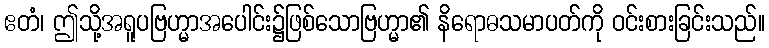
ဧတံ၊ ဤသို့အရူပဗြဟ္မာအပေါင်း၌ဖြစ်သောဗြဟ္မာ၏ နိရောဓသမာပတ်ကို ဝင်းစားခြင်းသည်။